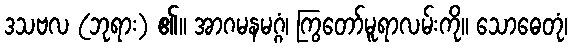
ဒသဗလ (ဘုရား) ၏။ အာဂမနမဂ္ဂံ၊ ကြွတော်မူရာလမ်းကို။ သောဓေတုံ၊